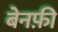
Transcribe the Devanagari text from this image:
बेनफ़ी